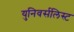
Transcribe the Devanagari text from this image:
युनिवर्सलिस्ट